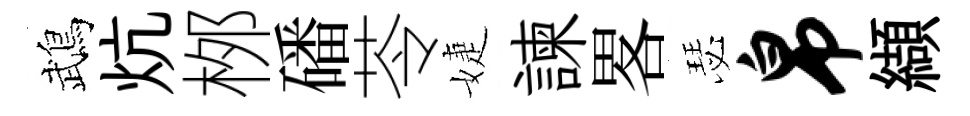
鵡炕桞磻苓婕諫畧瑟帛纈